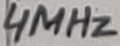
Text: 4MHz